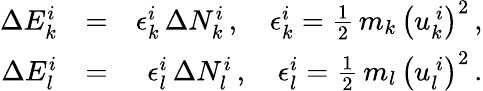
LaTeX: \begin{array}{rlr}{\Delta E_{k}^{i}}&{=}&{\epsilon_{k}^{i}\, \Delta N_{k}^{i}\, ,\quad\epsilon_{k}^{i}=\frac{1}{2}\, m_{k}\, \left(u_{k}^{\, i}\right)^{2}\, ,}\\ {\Delta E_{l}^{i}}&{=}&{\epsilon_{l}^{i}\, \Delta N_{l}^{i}\, ,\quad\epsilon_{l}^{i}=\frac{1}{2}\, m_{l}\, \left(u_{l}^{\, i}\right)^{2}\, .}\end{array}